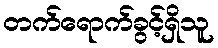
တက်ရောက်ခွင့်ရှိသူ